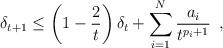
LaTeX: \begin{align*} \delta_{t+1} \leq \left(1 - \frac{2}{t} \right)\delta_{t} + \sum_{i=1}^{N}\frac{a_{i}}{t^{p_{i}+1}}\enspace, \end{align*}